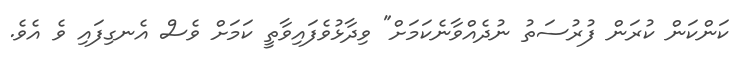
ކަންކަން ކުރަން ފުރުސަތު ނުދެއްވާނެކަމަށް" ވިދާޅުވެފައިވާތީ ކަމަށް ވެސް އެނގިފައި ވެ އެވެ.